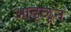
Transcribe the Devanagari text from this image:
आढ्ळून